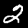
Digit: 2